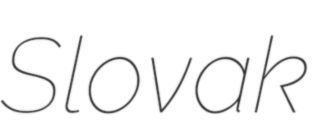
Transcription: Slovak